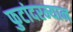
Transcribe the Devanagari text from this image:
फुटांदरम्यान